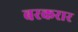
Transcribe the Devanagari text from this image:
बरकरार